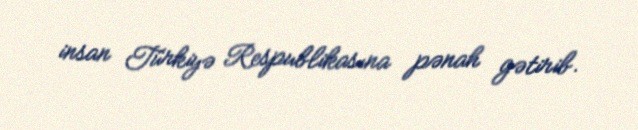
insan Türkiyə Respublikasına pənah gətirib.